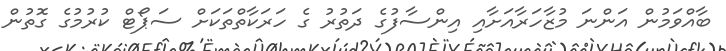
ބާއްވަމުން އަންނަ މުޒާހަރާއަށާއި އިންސާފުގެ ދަތުރު ގެ ހަރަކާތްތަކަށް ސަޕޯޓް ކުރުމުގެ ގޮތުން